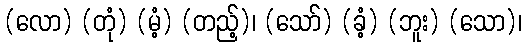
(လော) (တုံ) (မံ့) (တည့်)၊ (သော်) (ခံ့) (ဘူး) (သော)၊